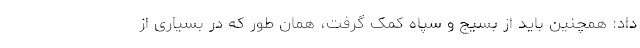
داد: همچنین باید از بسیج و سپاه کمک گرفت، همان طور که در بسیاری از